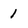
Character: 1